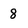
Character: 8